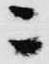
ニ